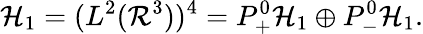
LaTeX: {\cal{H}}_{1}=(L^{2}({\cal{R}}^{3}))^{4}=P_{+}^{0}{\cal{H}}_{1}\oplus P_{-}^{0}{\cal{H}}_{1}.